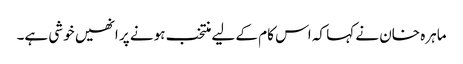
ماہرہ خان نے کہا کہ اس کام کے لیے منتخب ہونے پر انھیں خوشی ہے۔